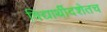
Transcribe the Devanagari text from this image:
विद्यार्थीदशेतच